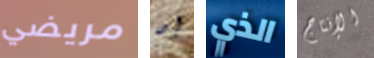
مريضي إن الذي الإنتاج